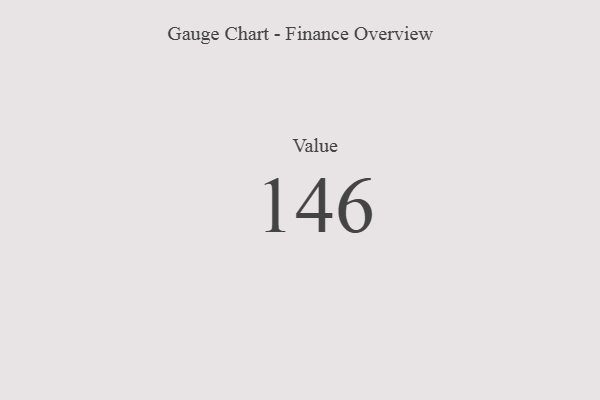
{"axis": {"x": "Metric", "y": "Value"}, "legend": [""], "data": [{"x": "Value", "y": 146, "type": ""}]}